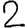
Digit: 2